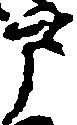
戸